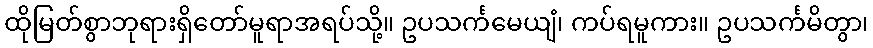
ထိုမြတ်စွာဘုရားရှိတော်မူရာအရပ်သို့။ ဥပသင်္ကမေယျံ၊ ကပ်ရမူကား။ ဥပသင်္ကမိတွာ၊